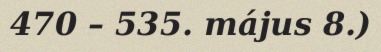
470 – 535. május 8.)